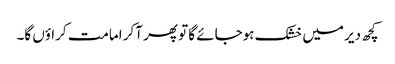
کچھ دیر میں خشک ہوجائے گا تو پھر آکر امامت کراؤں گا۔